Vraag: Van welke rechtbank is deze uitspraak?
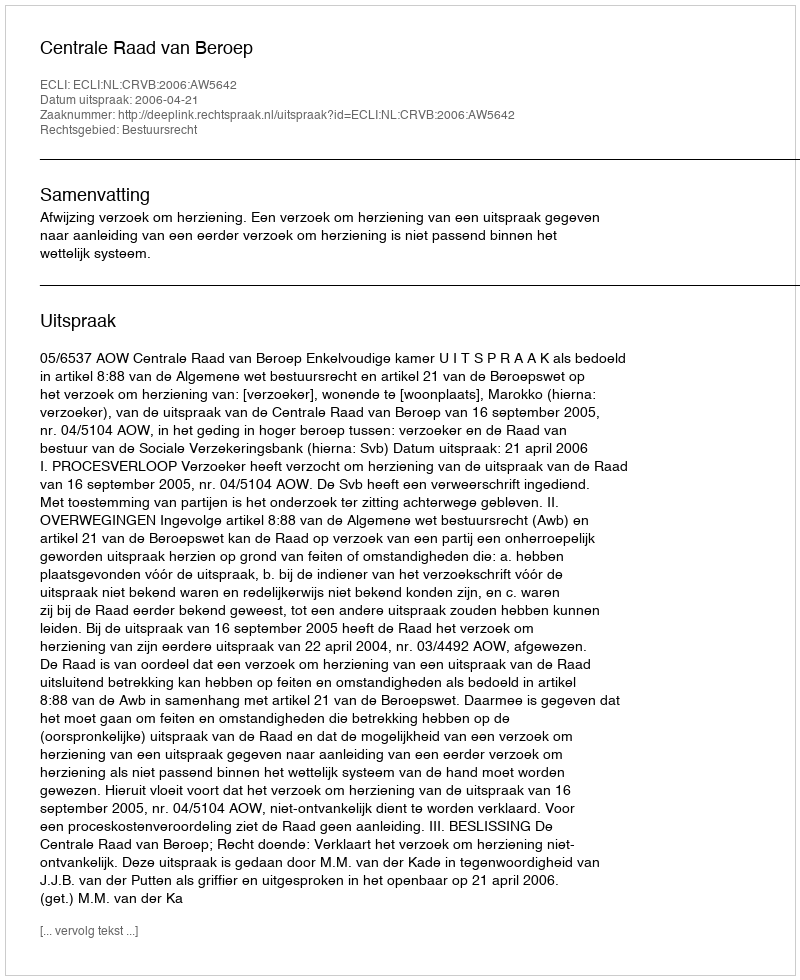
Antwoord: Centrale Raad van Beroep